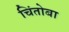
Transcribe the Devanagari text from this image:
चिंतोबा